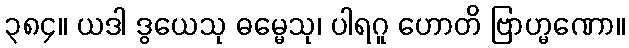
၃၈၄။ ယဒါ ဒွယေသု ဓမ္မေသု၊ ပါရဂူ ဟောတိ ဗြာဟ္မဏော။